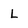
Character: L